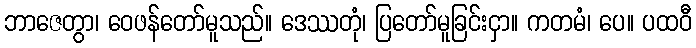
ဘာဇေတွာ၊ ဝေဖန်တော်မူသည်။ ဒေဿတုံ၊ ပြတော်မူခြင်းငှာ။ ကတမံ၊ ပေ။ ပထဝီ